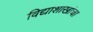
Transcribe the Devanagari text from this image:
विद्याशाखांचा